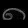
Digit: ၈